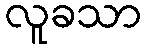
လူခသာ